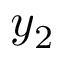
y _ { 2 }